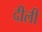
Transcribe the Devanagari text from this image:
दीली